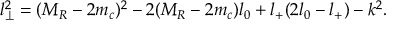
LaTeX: l _ { \perp } ^ { 2 } = ( M _ { R } - 2 m _ { c } ) ^ { 2 } - 2 ( M _ { R } - 2 m _ { c } ) l _ { 0 } + l _ { + } ( 2 l _ { 0 } - l _ { + } ) - k ^ { 2 } .